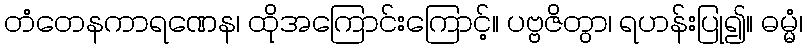
တံတေနကာရဏေန၊ ထိုအကြောင်းကြောင့်။ ပဗ္ဗဇိတွာ၊ ရဟန်းပြု၍။ ဓမ္မံ၊